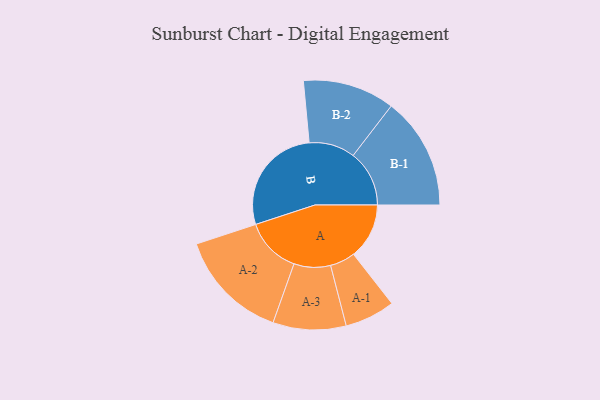
{"axis": {"x": "Segment", "y": "Value"}, "legend": ["", "A", "B"], "data": [{"x": "A", "y": 230, "type": ""}, {"x": "B", "y": 455, "type": ""}, {"x": "A-1", "y": 104, "type": "A"}, {"x": "A-2", "y": 231, "type": "A"}, {"x": "A-3", "y": 151, "type": "A"}, {"x": "B-1", "y": 232, "type": "B"}, {"x": "B-2", "y": 190, "type": "B"}]}